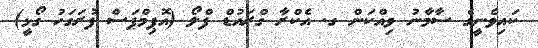
ކައިވެނީގެ ސާމާނު ވިއްކަން ގ. އެކްރާ ގްރައުޑް ފްލޯ (އޮޕިމްޕަސް ފުރަގަހު ގޯޅީ)